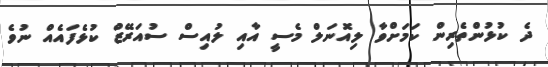
ދެ ކުޅުންތެރިން ކަމަށްވާ ލިއޮނަލް މެސީ އާއި ލުއިސް ސުއަރޭޒް ކުޅެފައެއް ނުވެ